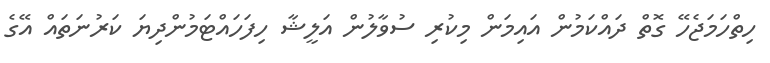
ހިތްހަމަޖެހޭ ގޮތް ދައްކަމުން އައިމަން މިކުރި ސުވާލުން އަލީޝާ ހިފަހައްޓަމުންދިޔަ ކަރުނަތައް އޭގެ